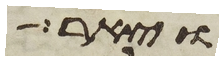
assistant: ויאר